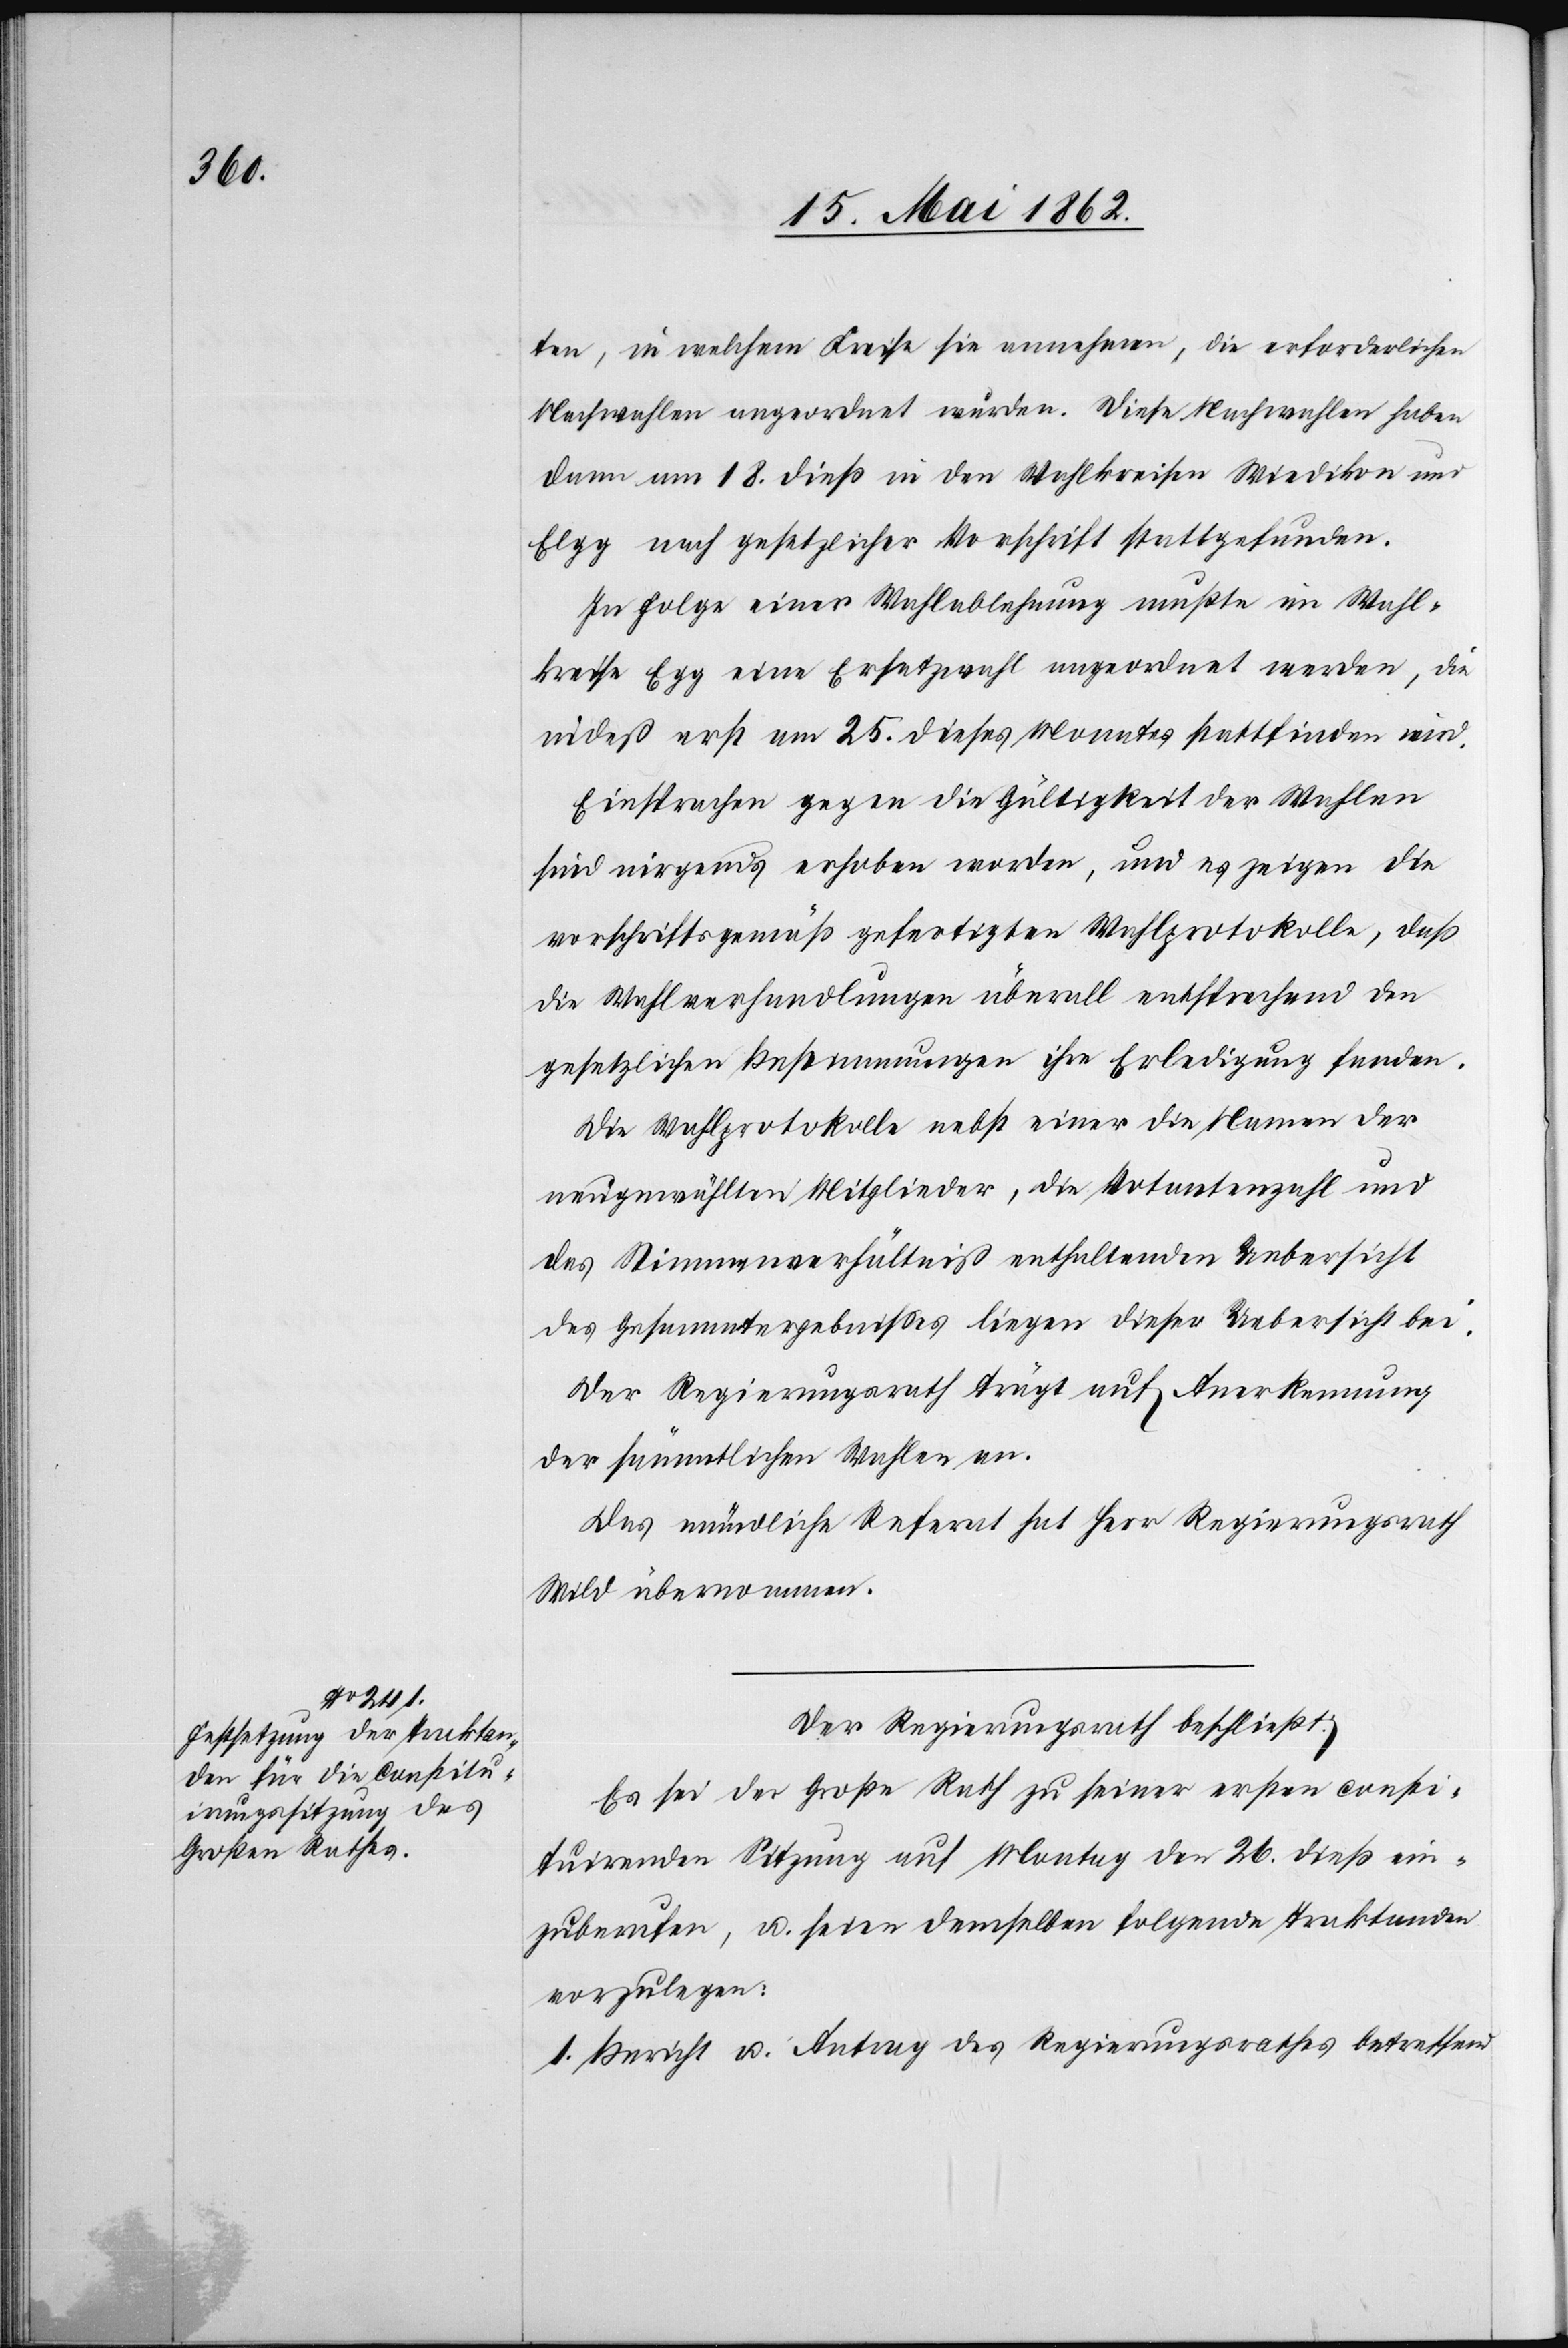
ten, in welchem Kreise sie annehmen, die erforderlichen
Nachwahlen angeordnet wurden. Diese Nachwahlen haben
dann am 18. dieß in den Wahlkreisen Wiedikon und
Elgg nach gesetzlicher Vorschrift stattgefunden.
In Folge einer Wahlablehnung mußte im Wahl¬
kreise Egg eine Ersatzwahl angeordnet werden, die
indeß erst am 25. dieses Monates stattfinden wird.
Einsprachen gegen die Gültigkeit der Wahlen
sind nirgends erhoben worden, und es zeigen die
vorschriftsgemäß gefertigten Wahlprotokolle, daß
die Wahlverhandlungen überall entsprechend den
gesetzlichen Bestimmungen ihre Erledigung fanden.
Die Wahlprotokolle nebst einer die Namen der
neugewählten Mitglieder, die Votantenzahl und
das Stimmenverhältniß enthaltenden Uebersicht
des Gesammtergebnisses liegen dieser Uebersicht bei.
Der Regierungsrath trägt auf Anerkennung
der sämmtlichen Wahlen an.
Der Regierungsrath beschließt:
Es sei der Große Rath zu seiner ersten consti¬
tuirenden Sitzung auf Montag den 26. dieß ein¬
zuberufen, u. seien demselben folgende Traktanden
vorzulegen:
1. Bericht u. Antrag des Regierungsrathes betreffend